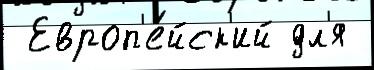
 Европ'е́йск'ий дл'я